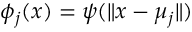
\phi _ { j } ( x ) = \psi ( \| x - \mu _ { j } \| )